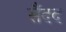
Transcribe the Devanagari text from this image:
सैंदद